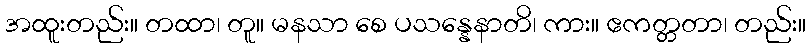
အထူးတည်း။ တထာ၊ တူ။ မနသာ စေ ပသန္နေနာတိ၊ ကား။ ဧကတ္တတာ၊ တည်း။